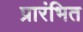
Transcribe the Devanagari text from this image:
प्रारंभित